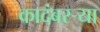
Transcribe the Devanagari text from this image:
कादंबरऱ्या